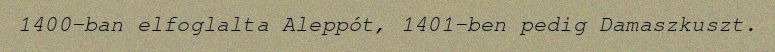
1400-ban elfoglalta Aleppót, 1401-ben pedig Damaszkuszt.